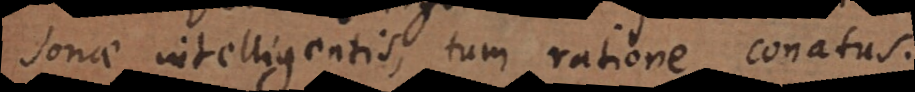
sonae intelligentis, tum ratione conatus.